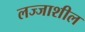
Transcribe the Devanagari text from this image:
लज्जाशील